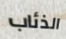
الذئاب